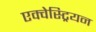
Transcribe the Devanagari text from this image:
एक्वेस्ट्रियन